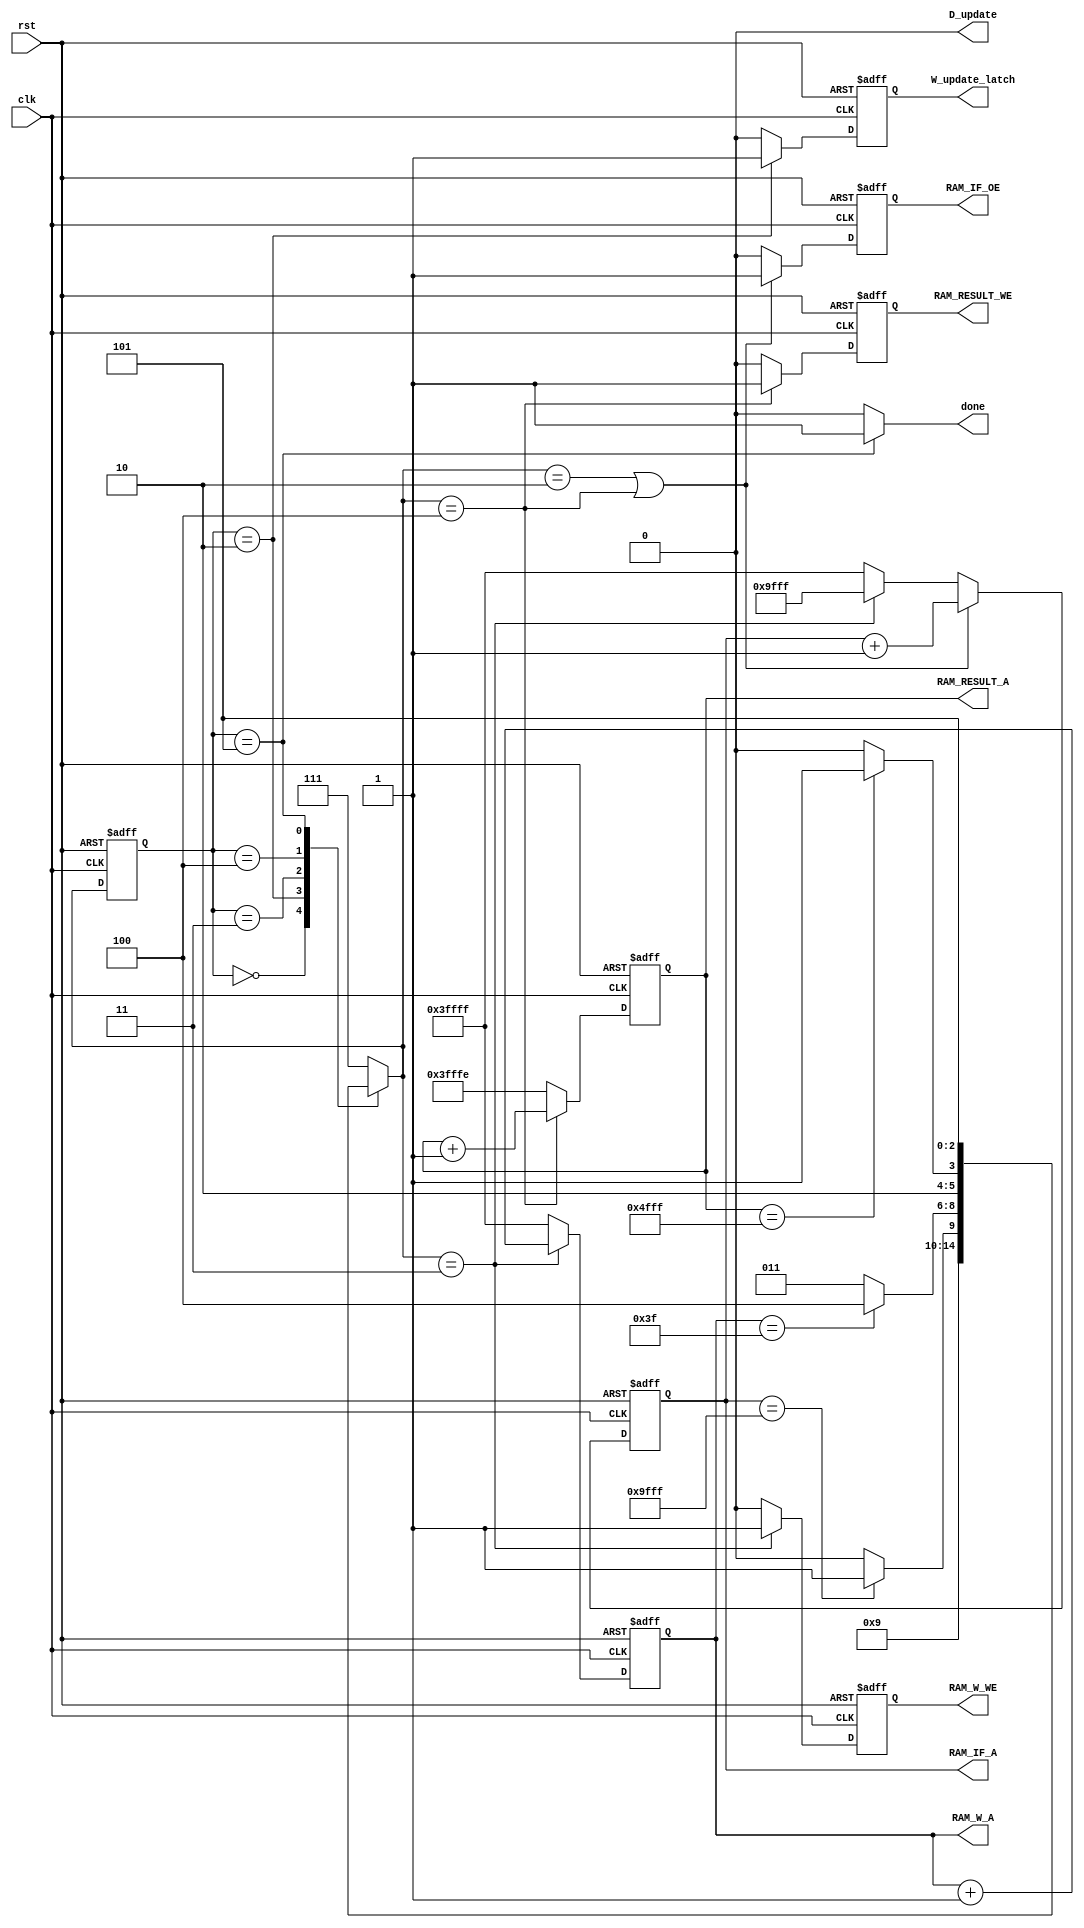
/////////////////////////////////////////////////////////////////////
// ---------------------- IVCAD 2022 Spring ---------------------- //
// ---------------------- Version : v.1.10  ---------------------- //
// ---------------------- Date : 2022.04.13 ---------------------- //
// --------------------- Controller module ------------------------//
// ----------------- Feb. 2022 Willie authored --------------------//
/////////////////////////////////////////////////////////////////////

module Controller(clk, rst, W_update_latch,  D_update,RAM_IF_A, RAM_IF_OE, RAM_W_A, RAM_W_WE, RAM_RESULT_A, RAM_RESULT_WE, done);		//, D_update

// ---------------------- input  ---------------------- //
	input clk;
	input rst;

// ---------------------- output  ---------------------- //	
	output D_update;
	output reg W_update_latch;
	//RAM_IF
	output reg [17:0] RAM_IF_A;
	output reg RAM_IF_OE;
	//RAM_W
	output reg [17:0] RAM_W_A;
	output reg RAM_W_WE;
	//RAM_RESULT
	output reg [17:0] RAM_RESULT_A;
	output reg RAM_RESULT_WE;
	output done;
	
// ---------------------- Write down Your design below  ---------------------- //
	reg [2:0]state;
	reg [2:0]next_state;

	parameter idle = 3'd0  ,som =3'd2 ,w_weight=3'd3, w_pic=3'd4, have_done=3'd5 , error=3'd7 ;		//, idle_idle =3'd1
	
	//trash
	assign D_update=1'b0;

	assign done= (state==have_done) ? 1'b1 :1'b0;
	assign W_update= (state==som) ? 1'b1 : 1'b0;

	always @(posedge clk or posedge rst) 
	begin
		if (rst) 
		begin
			W_update_latch<=1'b0;	
		end	
		else
		begin
			W_update_latch <=W_update;
		end
	end

	//state
	always @(posedge clk or posedge rst) 
	begin
		if (rst) 
		begin
			state<=idle;	
		end	
		else
		begin
			state <=next_state;
		end
	end

	//next_state
	always @(*) 
	begin
		case (state)
			idle: 
			begin				
				next_state=som;			
			end
			/*
			idle_idle:
			begin
				next_state=som;
			end
			*/
			som:
			begin
				if (RAM_IF_A==18'd40959) 			//have done
				begin
					next_state=w_weight;
				end
				else
				begin
					next_state=som;
				end				
			end
			w_weight:
			begin
				if (RAM_W_A==18'd63) 		//have done
				begin
					next_state=w_pic;
				end
				else
				begin
					next_state=w_weight;
				end				
			end
			w_pic:
			begin
				if (RAM_RESULT_A==18'd20479) 		//have done
				begin
					next_state=have_done;
				end
				else
				begin
					next_state=w_pic;
				end					
			end		
			have_done:
			begin
				next_state=have_done;				
			end	
			default: 
			begin
				next_state=error;				
			end
		endcase	
	end


	//ram_if address
	always @(posedge clk or posedge rst) 
	begin
		if (rst) 
		begin
			RAM_IF_OE <= 1'b0;
			RAM_IF_A <= (18'd0-18'd1);			//rstnextstateA=-1
		end
		else
		begin
			if ( (next_state==som) || (next_state==w_pic) ) 
			begin
				RAM_IF_OE <= 1'b1;
				RAM_IF_A <= (RAM_IF_A+18'd1);
			end
			else if(next_state==w_weight)
			begin
				RAM_IF_OE <= 1'b0;
				RAM_IF_A <= 18'd40959;
			end	
			else 
			begin
				RAM_IF_OE <= 1'b0;
				RAM_IF_A <= (18'd0-18'd1);
			end	
			
		end
	end

	//ram_W address
	always @(posedge clk or posedge rst) 
	begin
		if (rst) 
		begin
			RAM_W_WE <= 1'b0;
			RAM_W_A <= (18'd0-18'd2);		
		end
		else
		begin
			if (next_state==w_weight ) 						//state
			begin
				RAM_W_WE <= 1'b1;
				RAM_W_A <= RAM_W_A+18'd1;	
			end
			else 
			begin
				RAM_W_WE <= 1'b0;
				RAM_W_A <= (18'd0-18'd1);
			end			
		end
	end


	//RAM_RESULT_A
	always @(posedge clk or posedge rst) 
	begin
		if (rst) 
		begin
			RAM_RESULT_WE <= 1'b0;
			RAM_RESULT_A <= (18'd0-18'd2);		
		end
		else
		begin
			if ( next_state==w_pic ) 						//state
			begin
				RAM_RESULT_WE <= 1'b1;
				RAM_RESULT_A <= RAM_RESULT_A +18'd1;	
			end
			else 
			begin
				RAM_RESULT_WE <= 1'b0;
				RAM_RESULT_A <= (18'd0-18'd2);
			end			
		end
	end



endmodule